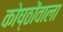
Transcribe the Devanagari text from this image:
कोष्ठोंवाला